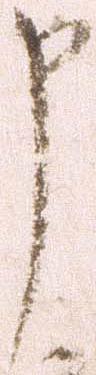
申